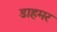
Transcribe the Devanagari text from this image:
डाहमर